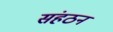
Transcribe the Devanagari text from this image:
संहठन